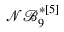
\mathcal { N B } _ { 9 } ^ { * [ 5 ] }